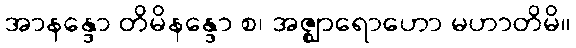
အာနန္ဒော တိမိနန္ဒော စ၊ အဇ္ဈာရောဟော မဟာတိမိ။